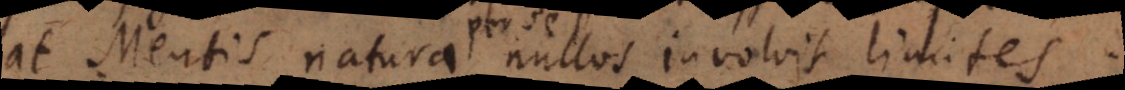
at Mentis natura nullos involvit limites.